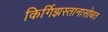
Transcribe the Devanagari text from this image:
किर्गिझस्तानासोबत